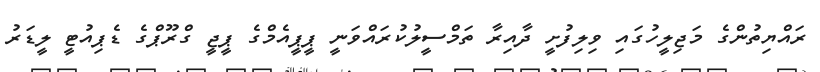
ރައްޔިތުންގެ މަޖިލީހުގައި ވިލިފުށީ ދާއިރާ ތަމްސީލުކުރައްވަނީ ޕީޕީއެމްގެ ޕީޖީ ގްރޫޕްގެ ޑެޕިއުޓީ ލީޑަރު